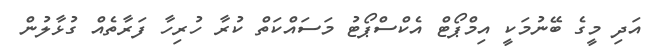
އަދި މީގެ ބޭނުމަކީ އިމްޕޯޓް އެކްސްޕޯޓު މަސައްކަތް ކުރާ ހުރިހާ ފަރާތެއް ގުޅާލުން